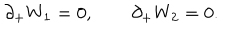
LaTeX: \partial _ { + } W _ { 1 } = 0 , \qquad \partial _ { + } W _ { 2 } = 0 .